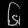
Digit: ၆